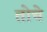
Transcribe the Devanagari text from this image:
तोचे